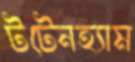
টটেনহ্যাম